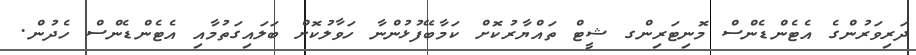
ދަރިވަރުންގެ އެޓެންޑެންސް މޮނިޓަރިންގ ޝީޓް ތައްޔާރުކޮށް ކަމާބޭފުޅުންނާ ހަވާލުކޮށް ބަލައިގަތުމާއި އެޓެންޑެންސް ހެދުން.